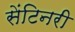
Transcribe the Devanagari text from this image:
सेंटिनरी